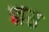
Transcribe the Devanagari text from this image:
ज्ञउ